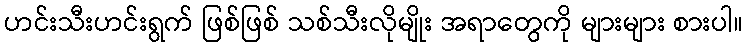
ဟင်းသီးဟင်းရွက် ဖြစ်ဖြစ် သစ်သီးလိုမျိုး အရာတွေကို များများ စားပါ။